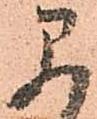
早